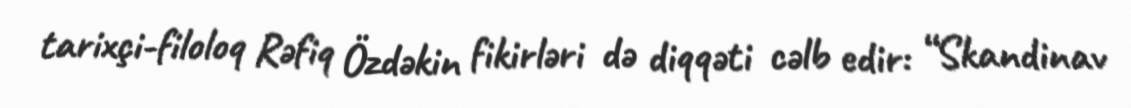
tarixçi-filoloq Rəfiq Özdəkin fikirləri də diqqəti cəlb edir: “Skandinav